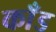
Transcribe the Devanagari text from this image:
काँड